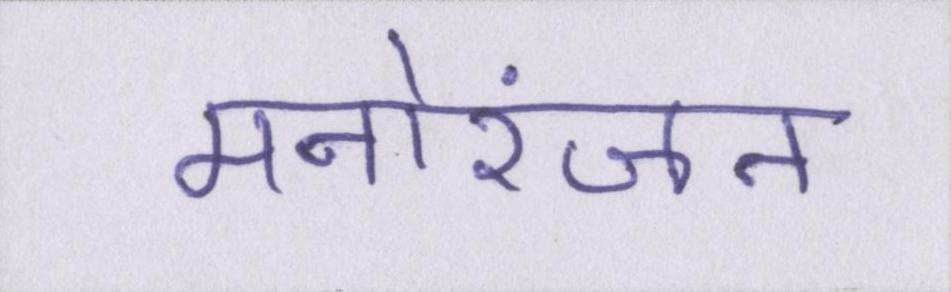
मनोरंजन